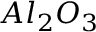
A l _ { 2 } O _ { 3 }